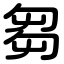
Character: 芻